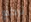
تركع